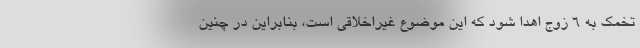
تخمک به ۶ زوج اهدا شود که این موضوع غیراخلاقی است، بنابراین در چنین